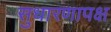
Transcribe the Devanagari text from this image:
सुधारणापक्ष